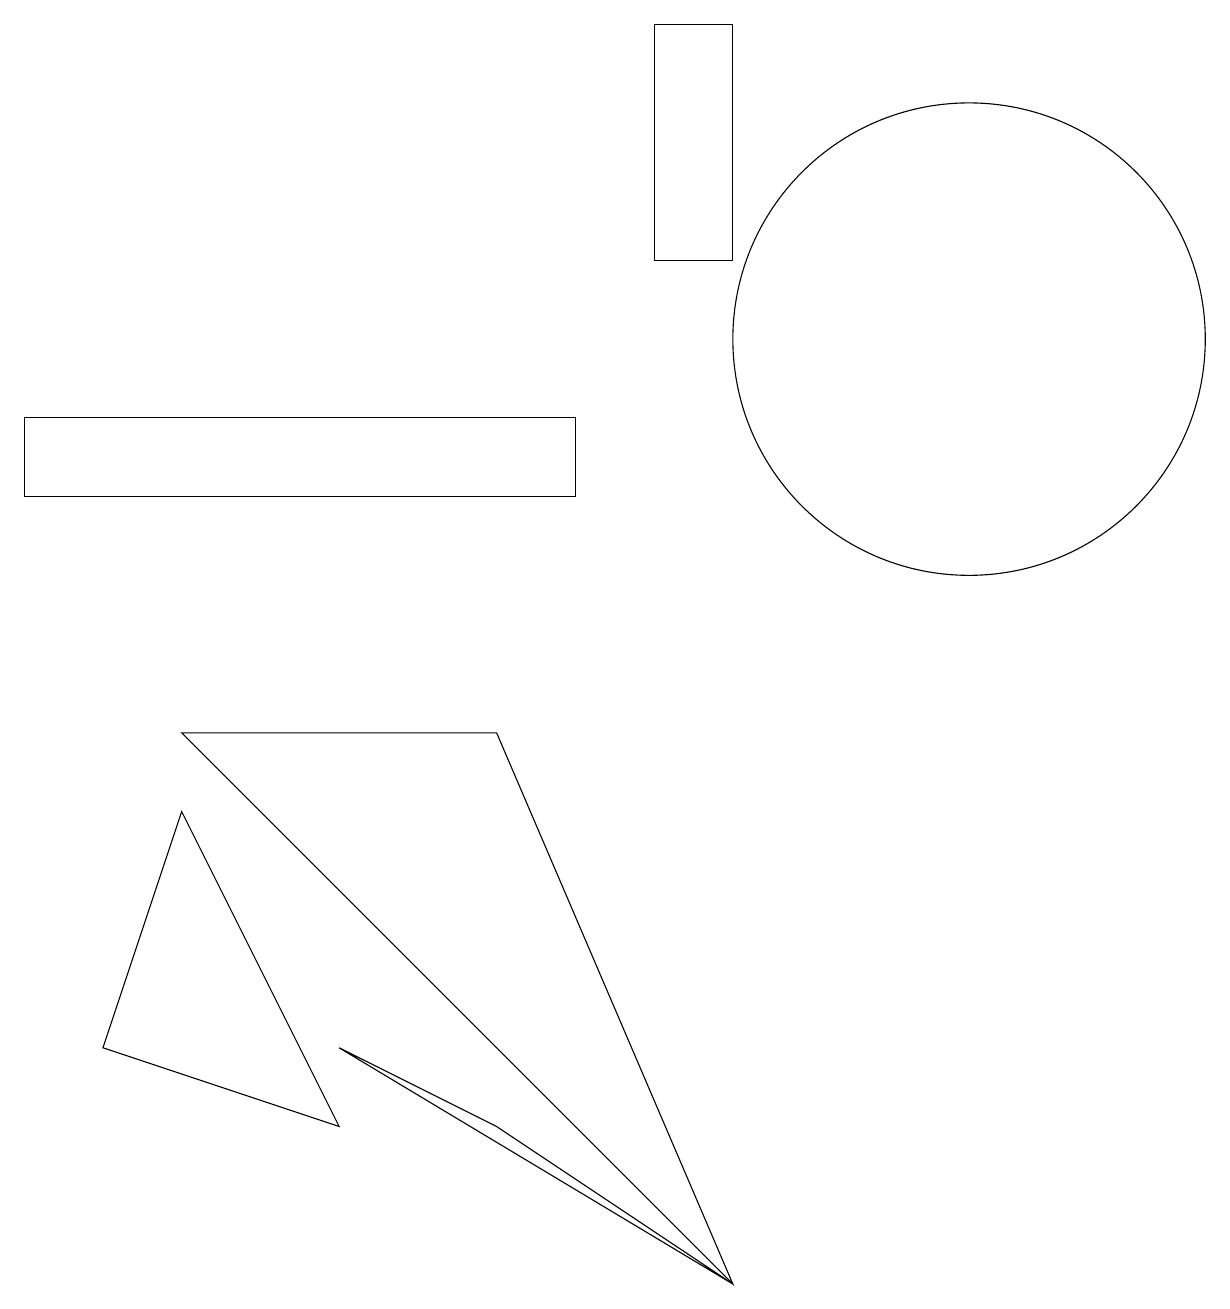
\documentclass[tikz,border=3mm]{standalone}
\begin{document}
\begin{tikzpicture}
\draw (4,2) -- (2,6) -- (1,3) -- cycle;
\draw (4,3) -- (6,2) -- (9,0) -- cycle;
\draw (8,16) rectangle (9,13);
\draw (12,12) circle (3);
\draw (9,0) -- (2,7) -- (6,7) -- cycle;
\draw (7,11) rectangle (0,10);
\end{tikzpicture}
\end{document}